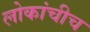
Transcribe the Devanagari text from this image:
लोकांचीच